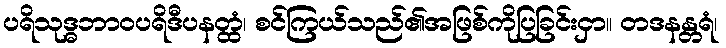
ပရိသုဒ္ဓဘာဝပရိဒီပနတ္ထံ၊ စင်ကြယ်သည်၏အဖြစ်ကိုပြခြင်းငှာ။ တဒနန္တရံ၊